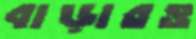
বাড়ারও